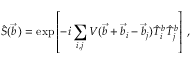
\hat { S } ( \vec { b } \, ) = \exp \left[ - i \sum _ { i , j } V ( \vec { b } + \vec { b } _ { i } - \vec { b } _ { j } ) \hat { T } _ { i } ^ { b } \hat { T } _ { j } ^ { b } \right] \, ,